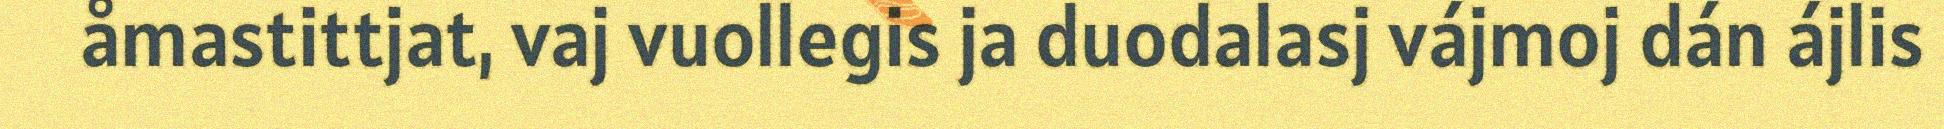
åmastittjat, vaj vuollegis ja duodalasj vájmoj dán ájlis